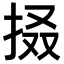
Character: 𢬏